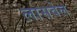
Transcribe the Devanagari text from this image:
लासवेल